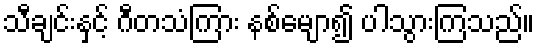
သီချင်းနှင့် ဂီတသံကြား နစ်မျော၍ ပါသွားကြသည်။